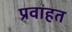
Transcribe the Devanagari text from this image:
प्रवाहत